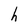
Character: h